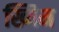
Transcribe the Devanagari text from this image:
ख्यिम